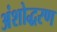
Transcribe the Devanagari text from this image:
अंशोद्धरण